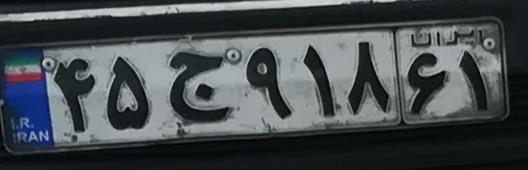
۴۵ج۹۱۸۶۱